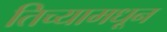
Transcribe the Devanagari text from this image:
तिच्यामधून